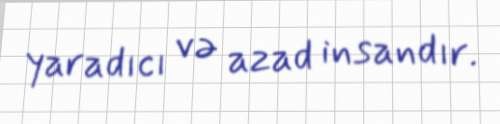
yaradıcı və azad insandır.